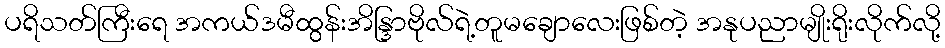
ပရိသတ်ကြီးရေ အကယ်ဒမီထွန်းအိန္ဒြာဗိုလ်ရဲ့တူမချောလေးဖြစ်တဲ့ အနုပညာမျိုးရိုးလိုက်လို့